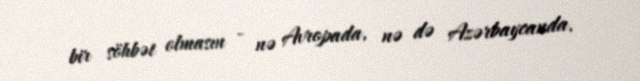
bir söhbət olmasın - nə Avropada, nə də Azərbaycanda.